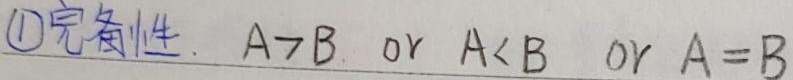
\textcircled{1}完备性. \(A > B\) or \(A < B\) or \(A = B\)